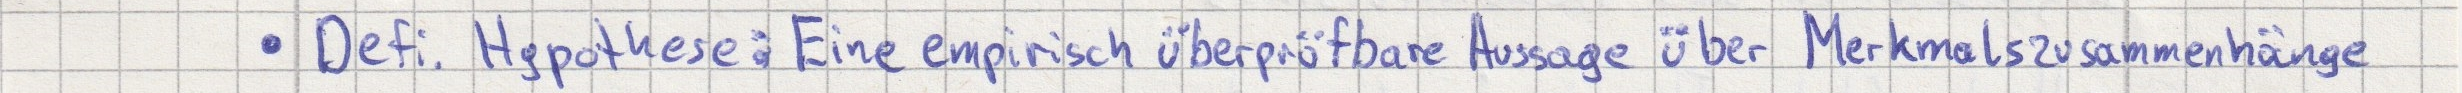
- Defi. Hypothese: Eine empirisch überprüfbare Aussage über Merkmalszusammenhänge